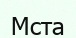
Мста